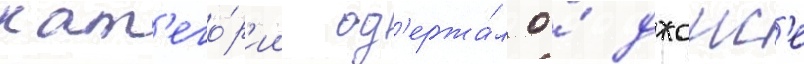
кат'его́р'ии од'ержа́л о́ джонс'е